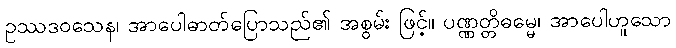
ဥဿဒဝသေန၊ အာပေါဓာတ်ပြောသည်၏ အစွမ်း ဖြင့်။ ပဏ္ဏတ္တိဓမ္မေ၊ အာပေါဟူသော